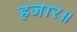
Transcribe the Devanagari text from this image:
हजार॥